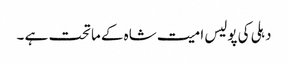
دہلی کی پولیس امیت شاہ کے ماتحت ہے ۔